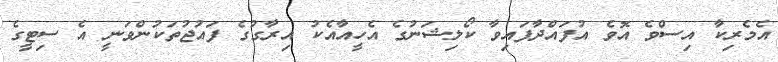
އެމެރިކާ އިސްވެ އޮވެ އުފައްދާފައިވާ ކޯލިޝަނުގެ އެހީއާއެކު އިރާގުގެ ފައުޖުތަކުންވަނީ އެ ސިޓީގެ